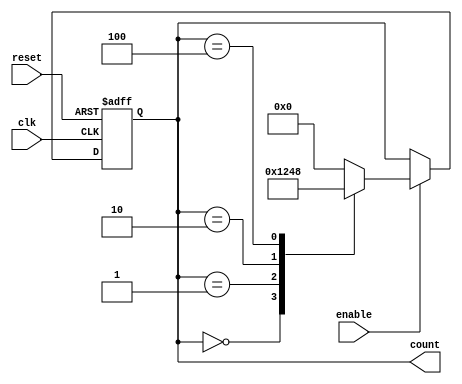
module ring_counter_with_enable (
    input wire clk,
    input wire reset,
    input wire enable,
    output reg [3:0] count
);

reg [3:0] next_count;

always @ (posedge clk or posedge reset) begin
    if (reset) begin
        count <= 4'b0000;
    end else if (enable) begin
        count <= next_count;
    end
end

always @(*) begin
    case(count)
        4'b0000: next_count = 4'b0001;
        4'b0001: next_count = 4'b0010;
        4'b0010: next_count = 4'b0100;
        4'b0100: next_count = 4'b1000;
        4'b1000: next_count = 4'b0000;
        default: next_count = 4'b0000;
    endcase
end

endmodule